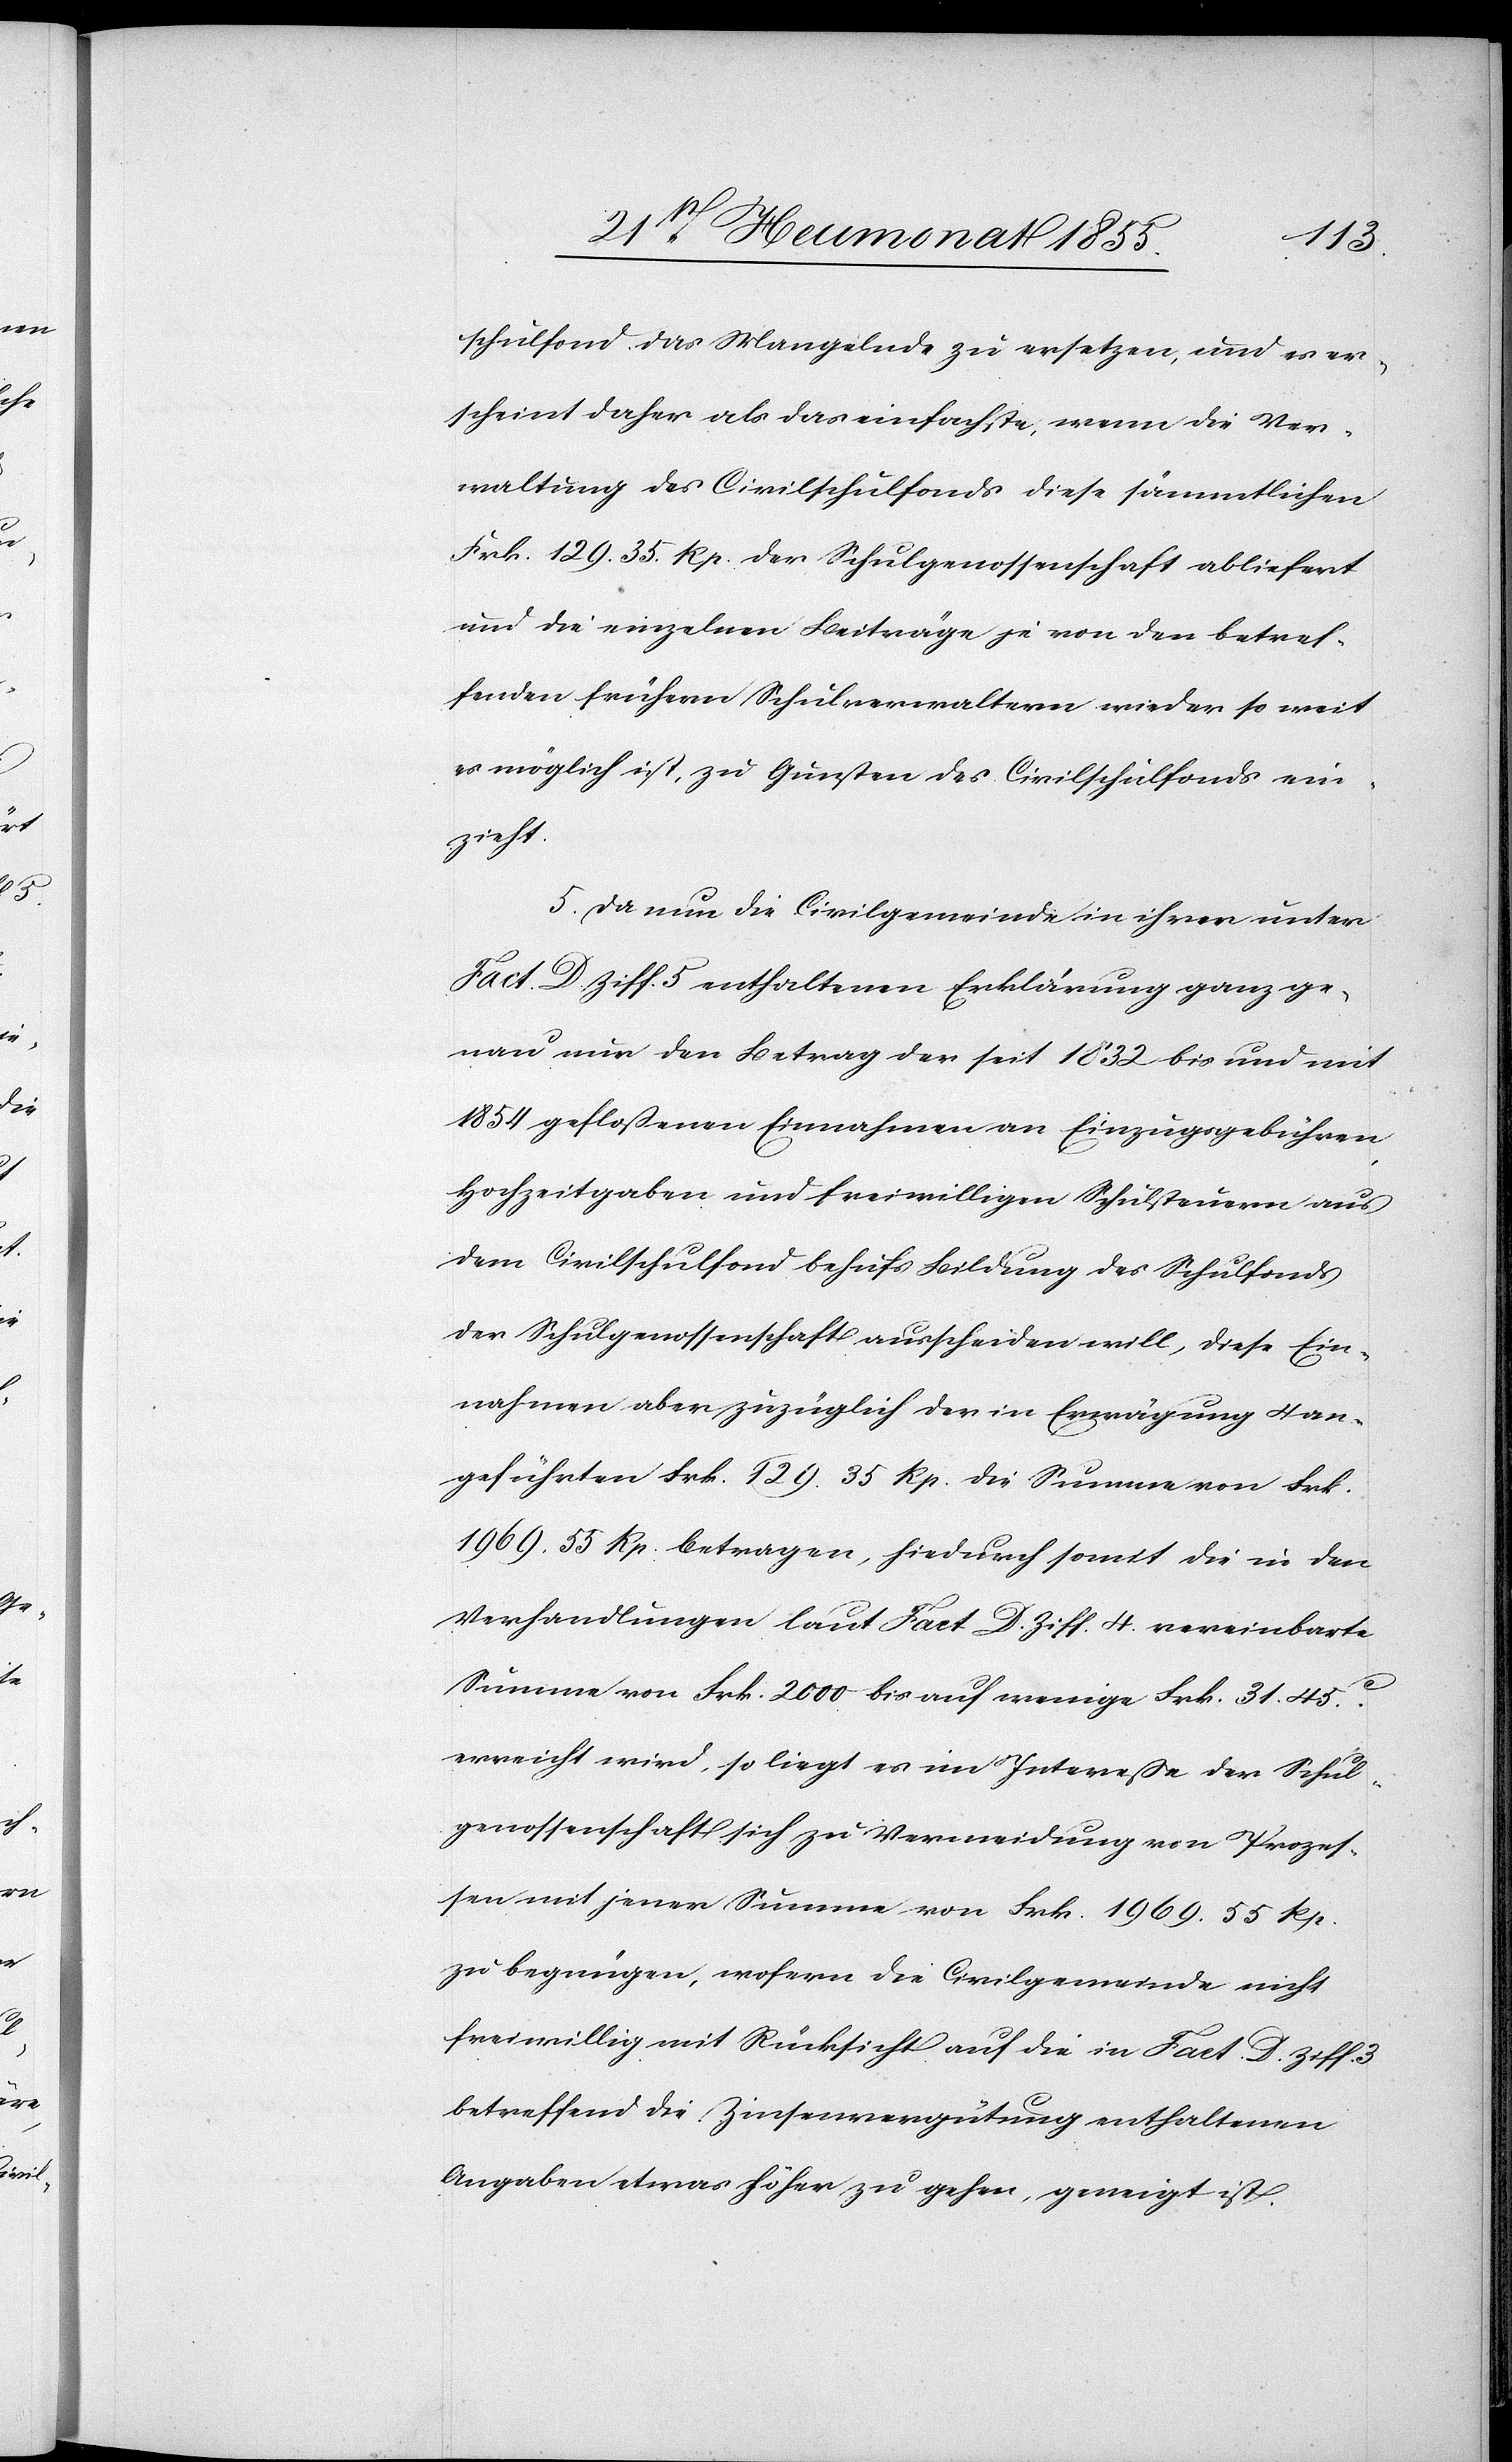
schulfond das Mangelnde zu ersetzen, und es er¬
scheint daher als das einfachste, wenn die Ver¬
waltung des Civilschulfonds diese sämmtlichen
Frk. 129. 35. Rp. der Schulgenossenschaft abliefert
und die einzelnen Beiträge je von den betref¬
fenden frühern Schulverwaltern wieder so weit
es möglich ist, zu Gunsten des Civilschulfonds ein¬
zieht.
5. Da nun die Civilgemeinde in ihrer unter
Fact. D Ziff. 5 enthaltenen Erklärung ganz ge¬
nau nur den Betrag der seit 1832 bis und mit
1854 gefloßenen Einnahmen an Einzugsgebühren,
Hochzeitgaben und freiwilligen Schulsteuern aus
dem Civilschulfond behufs Bildung des Schulfonds
der Schulgenossenschaft ausscheiden will, diese Ein¬
nahmen aber zuzüglich der in Erwägung 4 an¬
geführten Frk. 129. 35 Rp. die Summe von Frk.
1969. 55 Rp. betragen, hiedurch somit die in den
Verhandlungen laut Fact. D. Ziff. 4. vereinbarte
Summe von Frk. 2000 bis auf wenige Frk. 31. 45c.
erreicht wird, so liegt es im Interesse der Schul¬
genossenschaft sich zu Vermeidung von Prozes¬
sen mit jener Summe von Frk. 1969. 55 Rp.
zu begnügen, wofern die Civilgemeinde nicht
freiwillig mit Rücksicht auf die in Fact. D. Ziff. 3
betreffend die Zinsenvergütung enthaltenen
Angaben etwas höher zu gehen, geneigt ist.